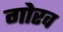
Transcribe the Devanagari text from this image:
गोरव